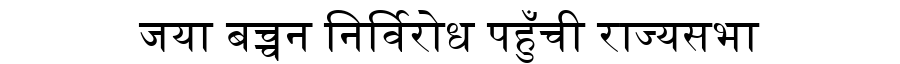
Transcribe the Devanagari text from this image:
जया बच्चन निर्विरोध पहुँची राज्यसभा